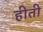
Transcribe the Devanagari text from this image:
हीती